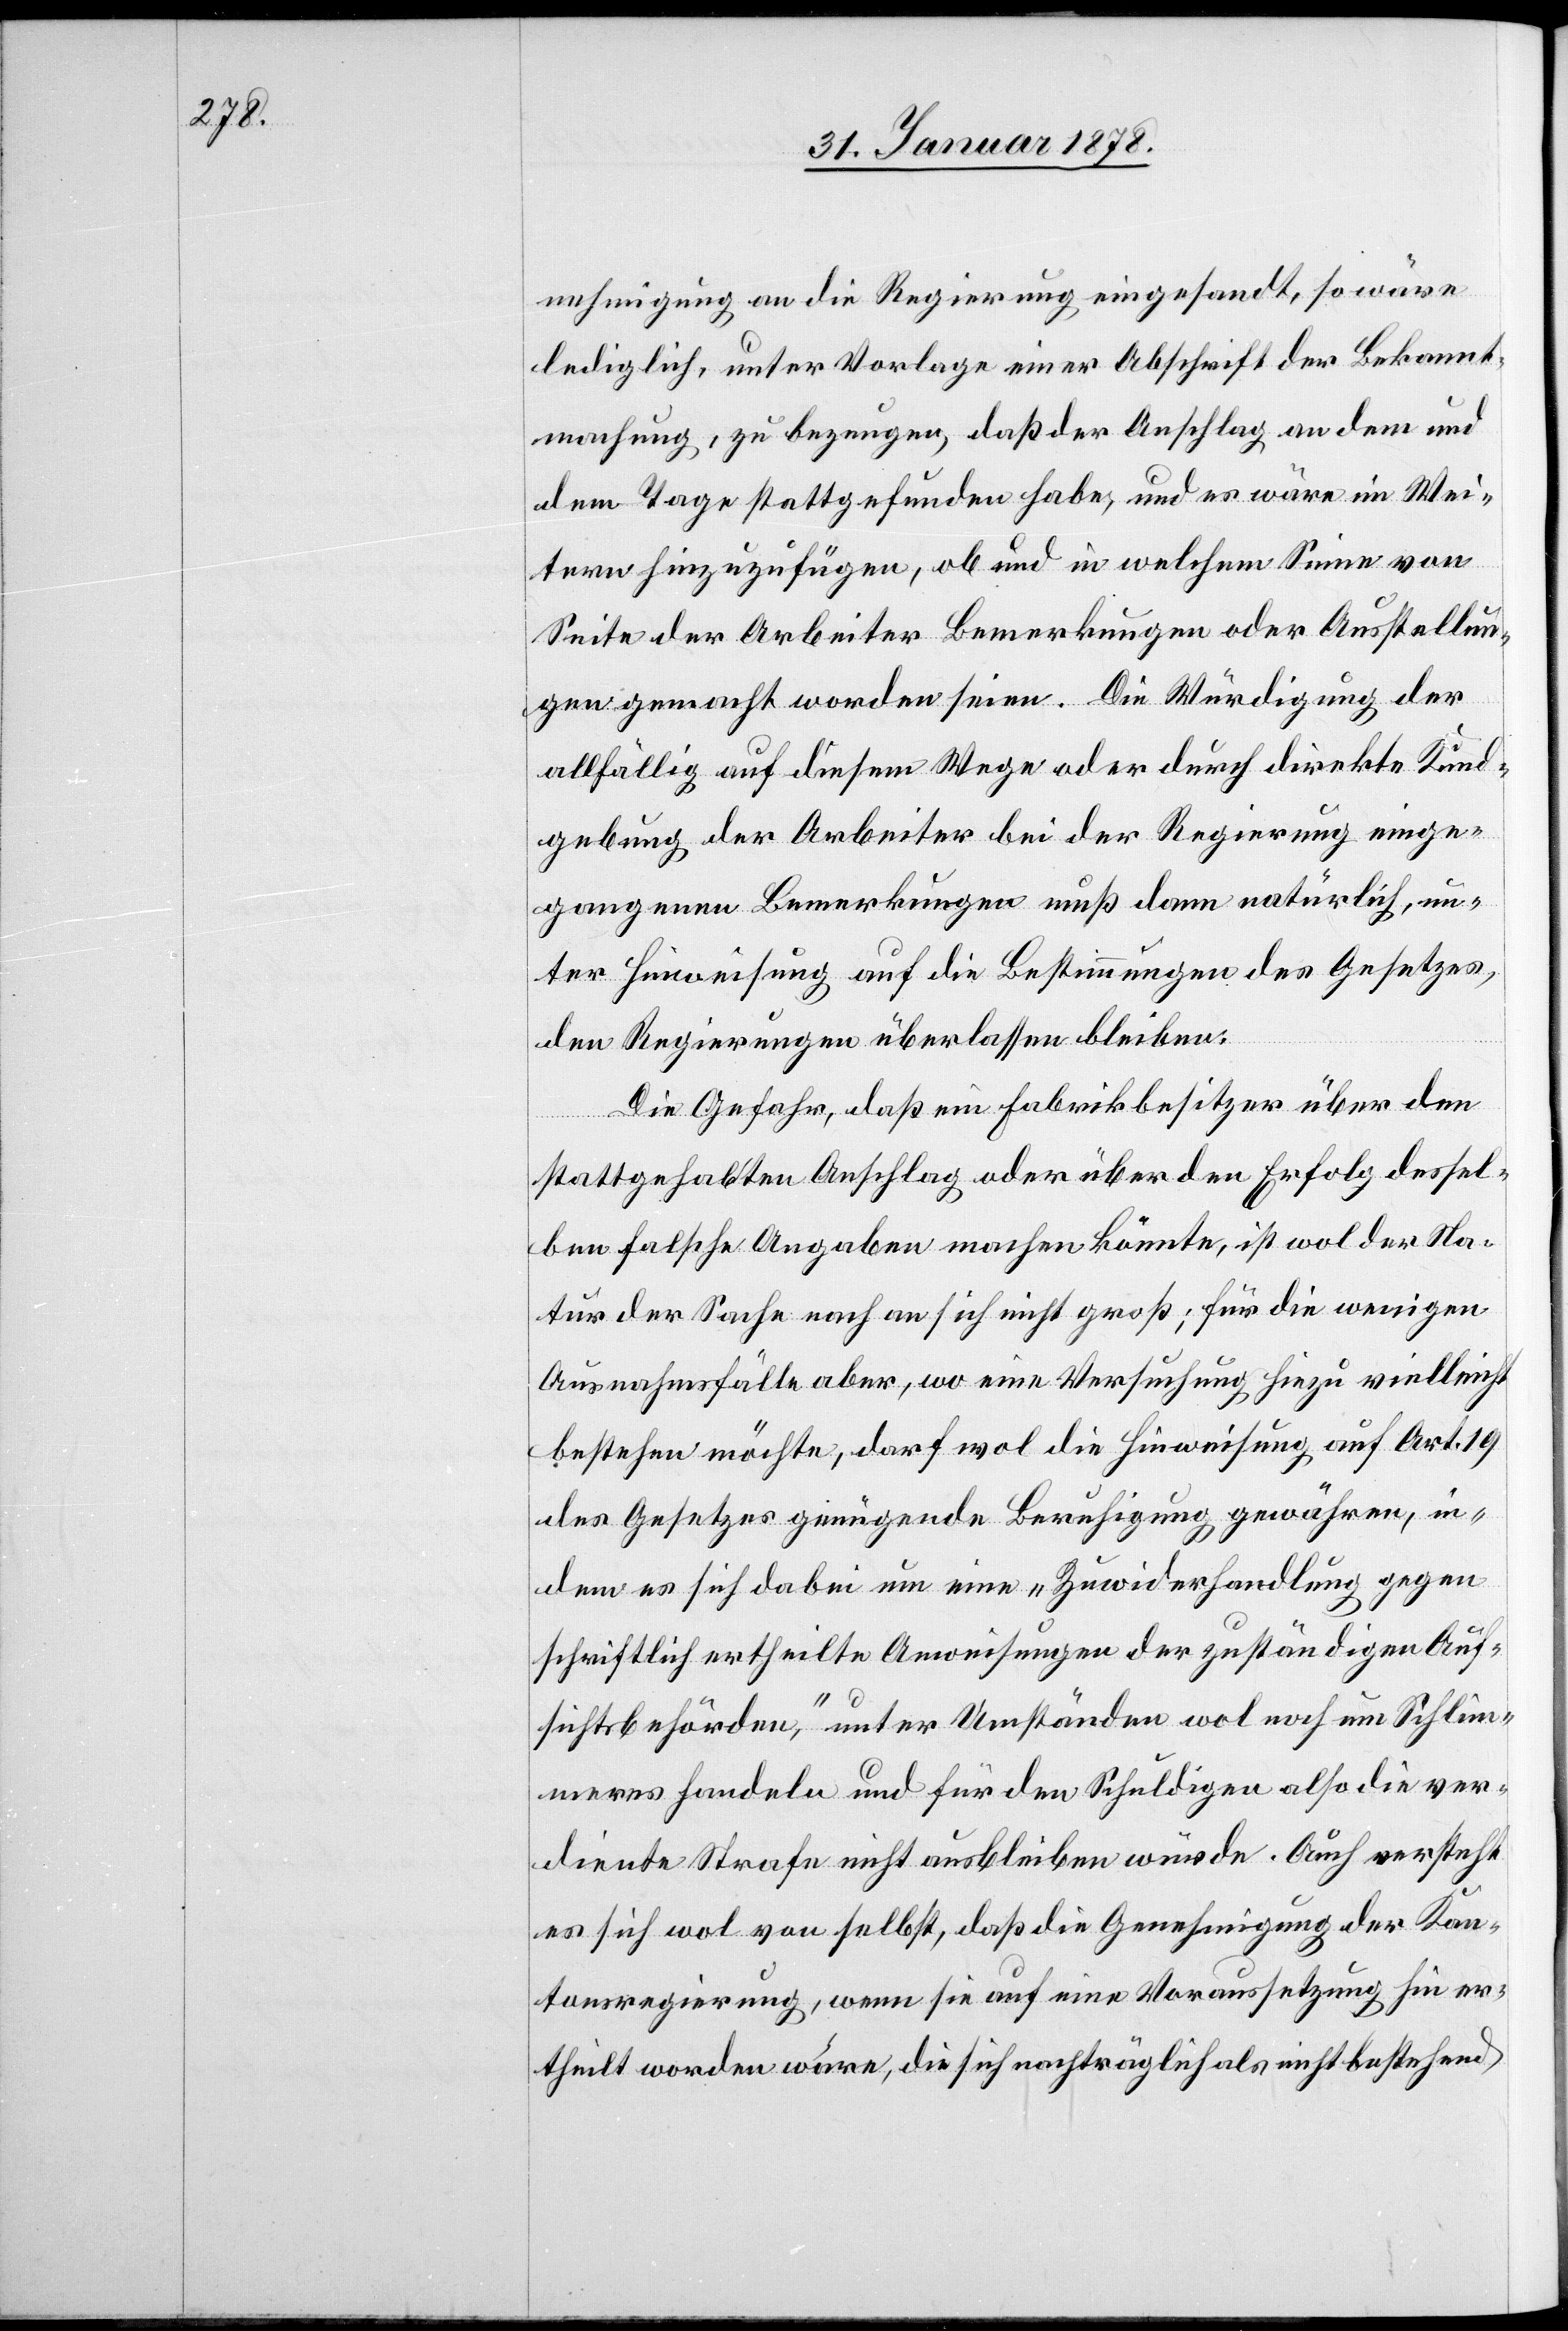
nehmigung an die Regierung eingesandt, so wäre
lediglich, unter Vorlage einer Abschrift der Bekannt¬
machung, zu bezeugen, daß der Anschlag an dem und
dem Tage stattgefunden habe, und es wäre im Wei¬
tern hinzuzufügen, ob und in welchem Sinne von
Seite der Arbeiter Bemerkungen oder Ausstellun¬
gen gemacht worden seien. Die Würdigung der
allfällig auf diesem Wege oder durch direkte Kund¬
gebung der Arbeiter bei der Regierung einge¬
gangenen Bemerkungen muß dann natürlich, un¬
ter Hinweisung auf die Bestimmungen des Gesetzes,
den Regierungen überlassen bleiben.
Die Gefahr, daß ein Fabrikbesitzer über den
stattgehabten Anschlag oder über den Erfolg dessel¬
ben falsche Angaben machen könnte, ist wol der Na¬
tur der Sache nach an sich nicht groß; für die wenigen
Ausnahmsfälle aber, wo eine Versuchung hiezu vielleicht
bestehen möchte, darf wol die Hinweisung auf Art. 19
des Gesetzes genügende Beruhigung gewähren, in¬
dem es sich dabei um eine „Zuwiderhandlung gegen
schriftlich ertheilte Anweisungen der zuständigen Auf¬
sichtsbehörden“, unter Umständen wol noch um Schlim¬
meres handeln und für den Schuldigen also die ver¬
diente Strafe nicht ausbleiben würde. Auch versteht
es sich wol von selbst, daß die Genehmigung der Kan¬
tonsregierung, wenn sie auf eine Voraussetzung hin er¬
theilt worden wäre, die sich nachträglich als nicht bestehend